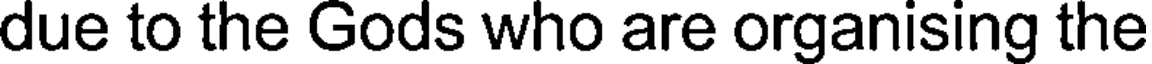
due to the Gods who are organising the